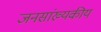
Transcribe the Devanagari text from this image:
जनसांख्यकीय